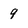
Character: q